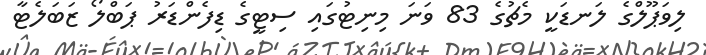
ލިވަޕޫލްގެ ލަނޑަކީ މެޗުގެ 83 ވަނަ މިނިޓުގައި ސިޓީގެ ޑިފެންޑަރު ޕަބްލޯ ޒަބަލެޓާ